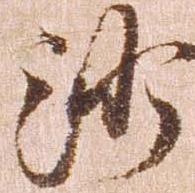
沙